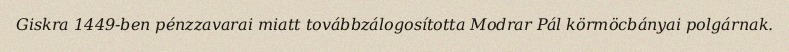
Giskra 1449-ben pénzzavarai miatt továbbzálogosította Modrar Pál körmöcbányai polgárnak.